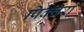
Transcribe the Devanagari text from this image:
पिक्चरों